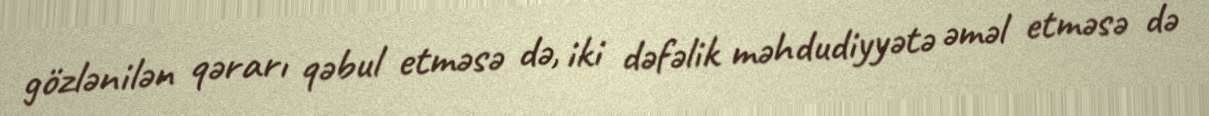
gözlənilən qərarı qəbul etməsə də, iki dəfəlik məhdudiyyətə əməl etməsə də